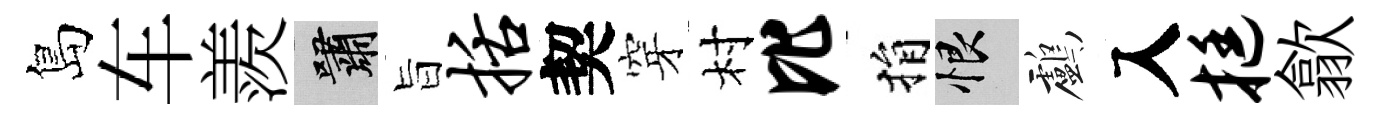
島车羨嘯旨括契穿村比捐恨鸕入挺歙